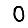
Digit: 0